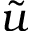
\tilde { u }